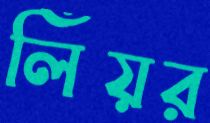
লিঁয়র